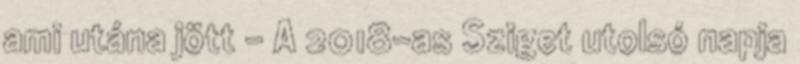
ami utána jött - A 2018-as Sziget utolsó napja